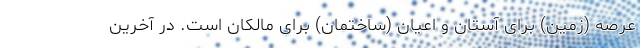
عرصه (زمین) برای آستان و اعیان (ساختمان) برای مالکان است. در آخرین